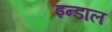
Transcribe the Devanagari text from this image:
इन्डाल